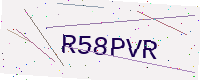
Text: R58PVR